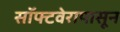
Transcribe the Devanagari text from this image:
सॉफ्टवेरापासून